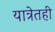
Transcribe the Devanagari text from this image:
यात्रेतही